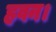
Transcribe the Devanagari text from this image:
हवन।